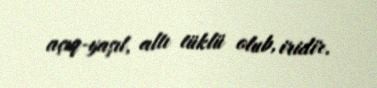
açıq-yaşıl, altı tüklü olub, iridir.